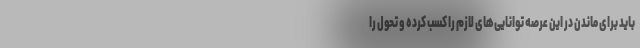
باید برای ماندن در این عرصه توانایی‌های لازم را کسب کرده و تحول را